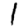
Digit: 1